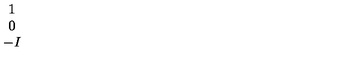
\begin{array} { c } { 1 } \\ { 0 } \\ { - I } \\ \end{array}